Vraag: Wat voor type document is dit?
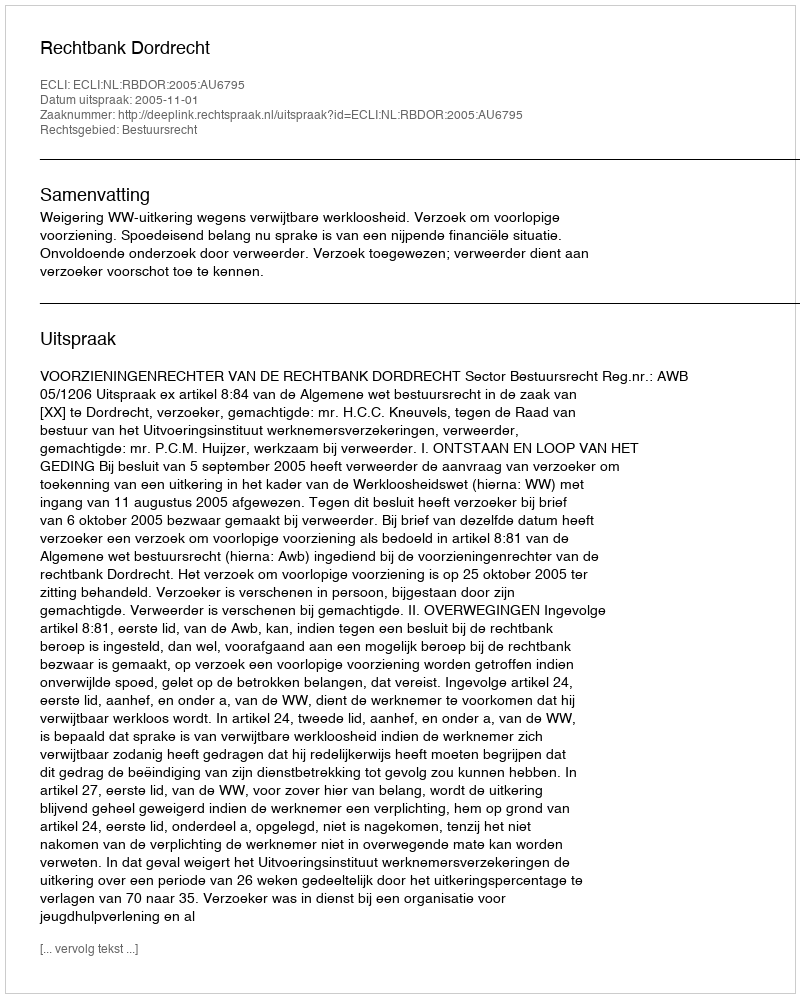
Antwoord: Uitspraak